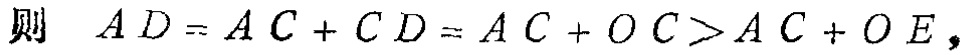
则 \(AD = AC + CD = AC + OC>AC + OE\)，